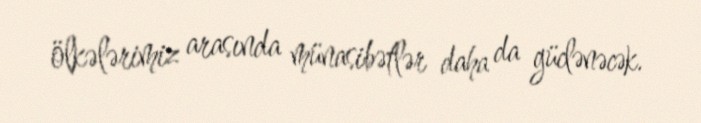
ölkələrimiz arasında münasibətlər daha da güclənəcək.